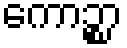
ကောဉ္စာ